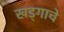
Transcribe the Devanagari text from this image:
खड्गाचे